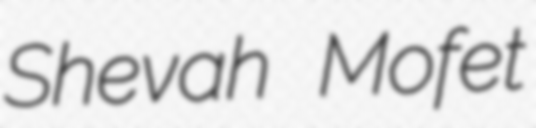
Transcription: Shevah Mofet